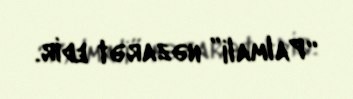
“Palmali” nəzarət edir.